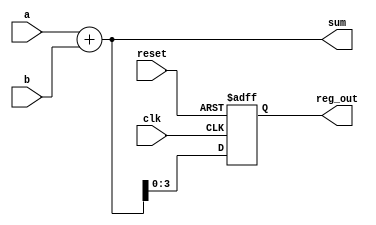
module example_design (
    input wire clk,         // Clock input
    input wire reset,       // Asynchronous reset input
    input wire [3:0] a,     // 4-bit input
    input wire [3:0] b,     // 4-bit input
    output reg [4:0] sum,   // 5-bit output for sum
    output reg [3:0] reg_out // 4-bit output for register
);

// Combinational Logic
always @* begin
    // Calculate the sum of inputs a and b
    sum = a + b;
end

// Sequential Logic
always @(posedge clk or posedge reset) begin
    if (reset) begin
        // Asynchronous reset
        reg_out <= 4'b0000; // Reset the register output to 0
    end else begin
        // Update register output with the sum (for example)
        reg_out <= sum[3:0]; // Store the lower 4 bits of the sum
    end
end

endmodule